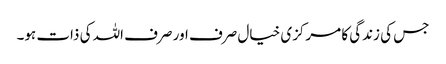
جس کی زندگی کا مرکزی خیال صرف اور صرف اللہ کی ذات ہو۔